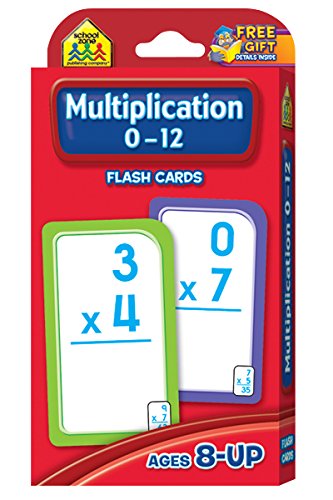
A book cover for Multiplication 0-12 Flash Cards; School Zone Publishing Company Staff; Children's Books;